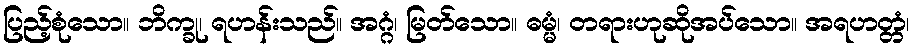
ပြည့်စုံသော။ ဘိက္ခု၊ ရဟန်းသည်။ အဂ္ဂံ၊ မြတ်သော။ ဓမ္မံ၊ တရားဟုဆိုအပ်သော။ အရဟတ္တံ၊